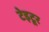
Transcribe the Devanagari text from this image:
टेइटूर